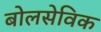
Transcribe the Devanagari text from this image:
बोलसेविक